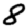
Digit: 8